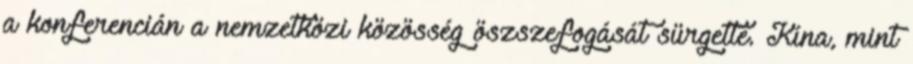
a konferencián a nemzetközi közösség öszszefogását sürgette. Kína, mint